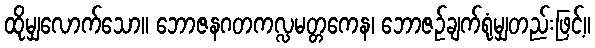
ထိုမျှလောက်သော။ ဘောဇနဂတကလ္လမတ္တကေန၊ ဘောဇဉ်ချက်ရုံမျှတည်းဖြင့်။